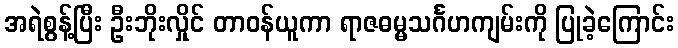
အရဲစွန့်ပြီး ဦးဘိုးလှိုင် တာဝန်ယူကာ ရာဇဓမ္မသင်္ဂဟကျမ်းကို ပြုခဲ့ကြောင်း